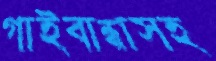
গাইবান্ধাসহ